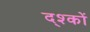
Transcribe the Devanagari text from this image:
द्श्कों